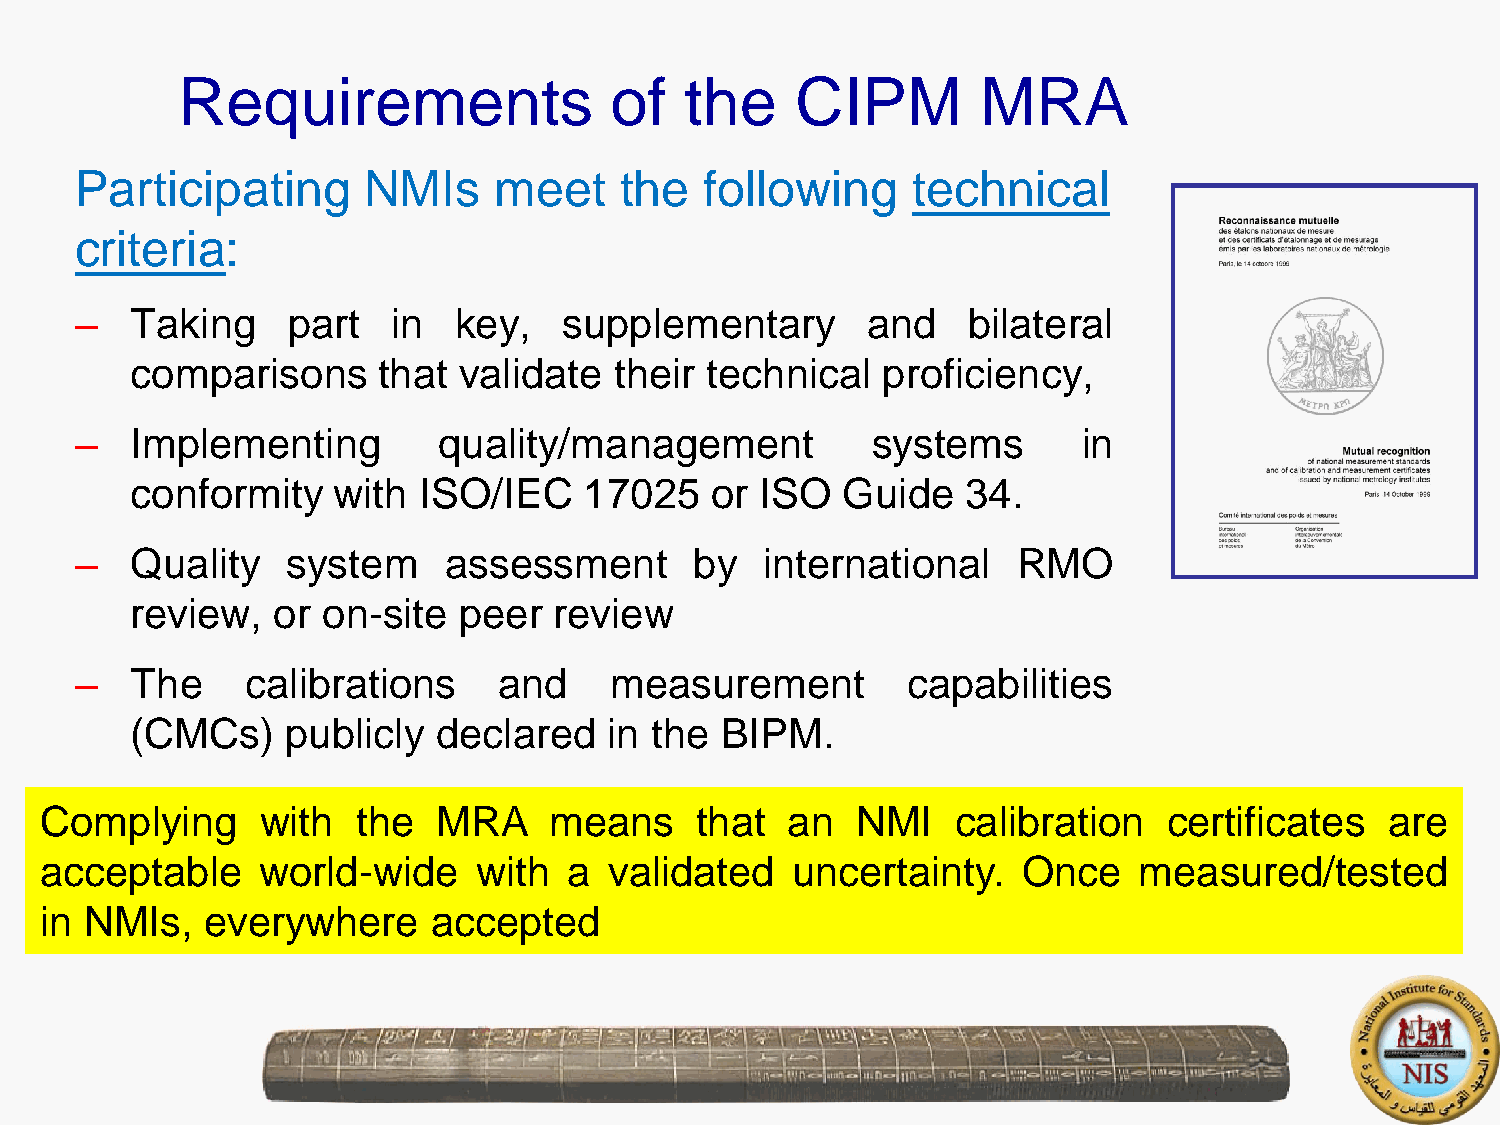
Requirements                of   the     CIPM        MRA
 Participating      NMIs     meet    the   following    technical
 18
 criteria:
 –   Taking    part   in  key,   supplementary       and    bilateral
 comparisons     that validate   their technical  proficiency,
 –   Implementing        quality/management           systems       in
 conformity   with  ISO/IEC    17025   or ISO   Guide   34.
 –   Quality   system    assessment       by   international   RMO
 review,  or on-site  peer   review
 –   The    calibrations     and    measurement         capabilities
 (CMCs)    publicly  declared   in the  BIPM.
 Complying     with   the  MRA    means     that  an   NMI   calibration   certificates   are
 acceptable    world-wide     with  a validated   uncertainty.    Once   measured/tested
 in NMIs,   everywhere     accepted